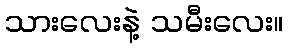
သားလေးနဲ့ သမီးလေး။